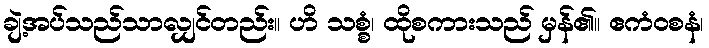
ချဲ့အပ်သည်သာလျှင်တည်း။ ဟိ သစ္စံ၊ ထိုစကားသည် မှန်၏။ ဧကံဝစနံ၊